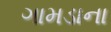
ગામડાના